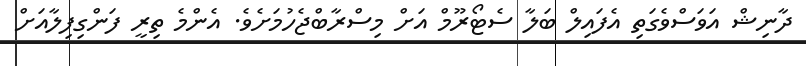
ދާނިޝް އަވަސްވެގަތި އެފައިލް ބަލާ ސެޓޯރޫމް އަށް މިސްރާބްޖެހުމަށެވެ. އެންމެ ތިރީ ފަންގިފިލާއަށް